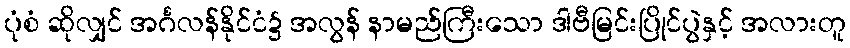
ပုံစံ ဆိုလျှင် အင်္ဂလန်နိုင်ငံ၌ အလွန် နာမည်ကြီးသော ဒါဗီမြင်းပြိုင်ပွဲနှင့် အလားတူ